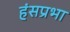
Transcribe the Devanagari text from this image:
हंसप्रभा